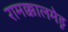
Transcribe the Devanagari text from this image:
रामक्कालमेडू